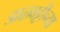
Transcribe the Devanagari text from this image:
डाळबट्टीच्या